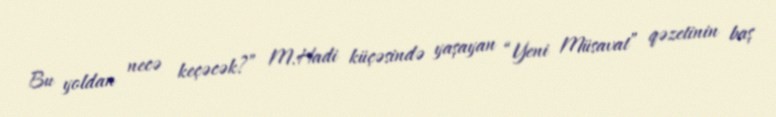
Bu yoldan necə keçəcək?” M.Hadi küçəsində yaşayan “Yeni Müsavat” qəzetinin baş